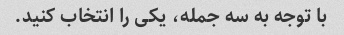
با توجه به سه جمله، یکی را انتخاب کنید.